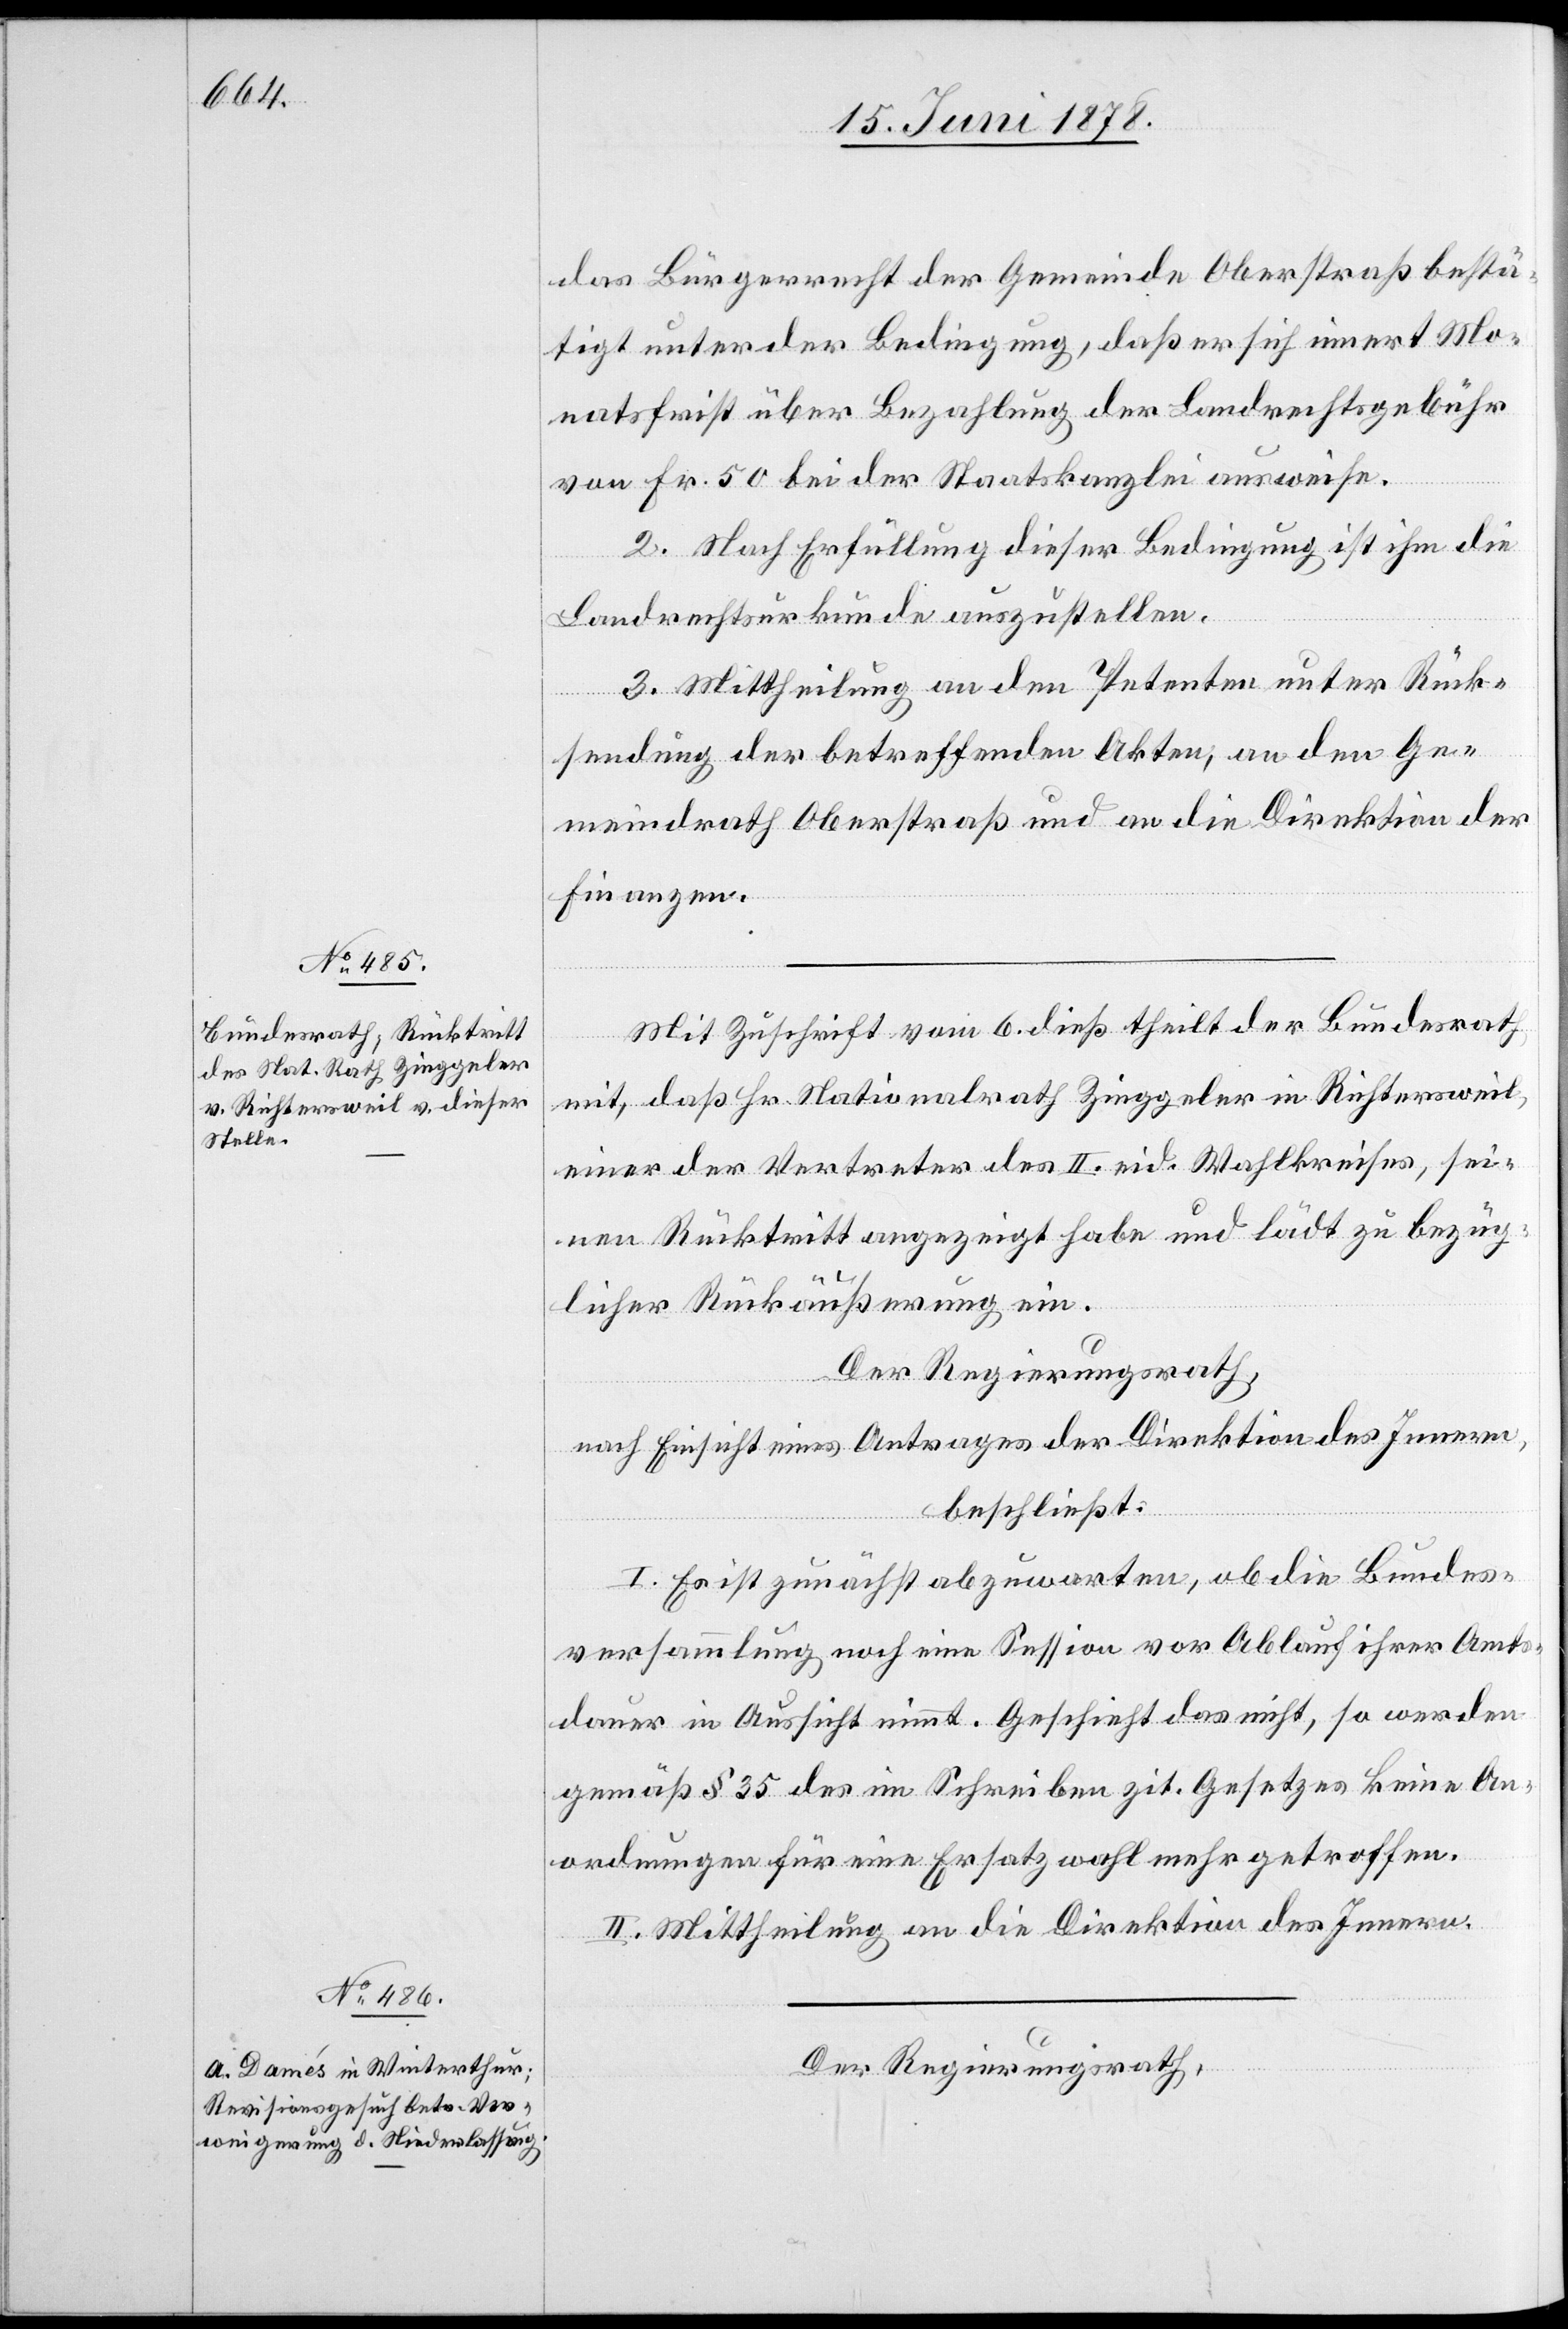
das Bürgerrecht der Gemeinde Oberstraß bestä¬
tigt unter der Bedingung, daß er sich innert Mo¬
natsfrist über Bezahlung der Landrechtsgebühr
von Fr. 50 bei der Staatskanzlei ausweise.
2. Nach Erfüllung dieser Bedingung ist ihm die
Landrechtsurkunde auszustellen.
3. Mittheilung an den Petenten unter Rück¬
sendung der betreffenden Akten, an den Ge¬
meindrath Oberstraß und an die Direktion der
Finanzen.
Mit Zuschrift vom 6. dieß theilt der Bundesrath
mit, daß Hr. Nationalrath Zinggeler in Richtersweil,
einer der Vertreter des II. eid. Wahlkreises, sei¬
nen Rücktritt angezeigt habe und lädt zu bezüg¬
licher Rückäußerung ein.
Der Regierungsrath,
nach Einsicht eines Antrages der Direktion des Innern,
beschließt:
I. Es ist zunächst abzuwarten, ob die Bundes¬
versammlung noch eine Session vor Ablauf ihrer Amt¬
sdauer in Aussicht nimmt. Geschieht das nicht, so werden
gemäß § 35 des im Schreiben zit. Gesetzes keine An¬
ordnungen für eine Ersatzwahl mehr getroffen.
II. Mittheilung an die Direktion des Innern.
Der Regierungsrath,